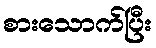
စားသောက်ပြီး